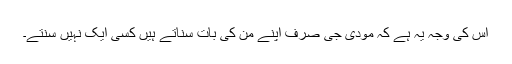
اس کی وجہ یہ ہے کہ مودی جی صرف اپنے من کی بات سناتے ہیں کسی ایک نہیں سنتے۔